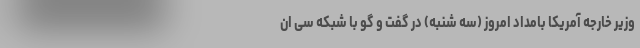
وزیر خارجه آمریکا بامداد امروز (سه شنبه) در گفت و گو با شبکه سی ان